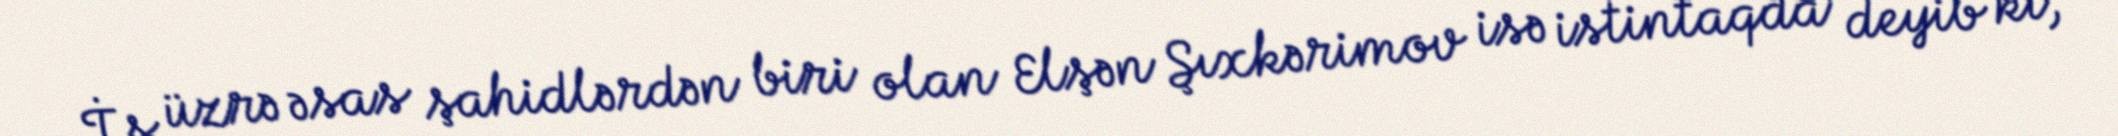
İş üzrə əsas şahidlərdən biri olan Elşən Şıxkərimov isə istintaqda deyib ki,